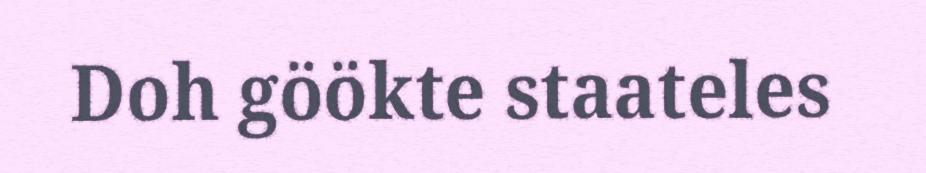
Doh göökte staateles